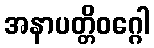
အနာပတ္တိဝဂ္ဂေါ